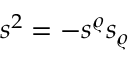
s ^ { 2 } = - s ^ { \varrho } s _ { \varrho } \, \, \/